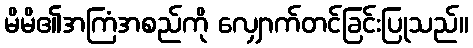
မိမိ၏အကြံအစည်ကို လျှောက်တင်ခြင်းပြုသည်။